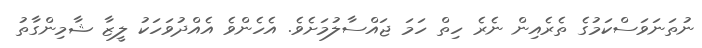
ނުތަނަވަސްކަމުގެ ތެރެއިން ނެރެ ހިތް ހަމަ ޖައްސާލުމަށެވެ. އެހެންވެ އެއްދުވަހަކު ލީޒާ ޝާމިންގާތު